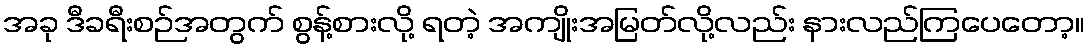
အခု ဒီခရီးစဉ်အတွက် စွန့်စားလို့ ရတဲ့ အကျိုးအမြတ်လို့လည်း နားလည်ကြပေတော့။